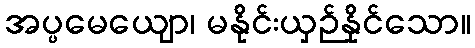
အပ္ပမေယျော၊ မနိုင်းယှဉ်နိုင်သော။